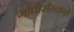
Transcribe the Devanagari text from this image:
गांघीसैन्यनो